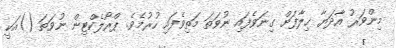
މިންވަރު އާދަޔާ ޚިލާފަށް ގިނަވެފައި ނުވަތަ މަތިވެފައި ހުރުމެވެ. ޕްރޯލެކްޓިން ނުވަތަ ()އަކީ